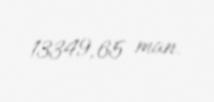
13349,65 man.